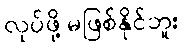
လုပ်ဖို့ မဖြစ်နိုင်ဘူး